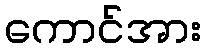
ကောင်အား